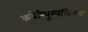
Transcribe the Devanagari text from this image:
कवेरिपूम्पत्तिनम